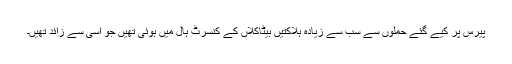
پیرس پر کیے گئے حملوں سے سب سے زیادہ ہلاکتیں بیٹاکلاں کے کنسرٹ ہال میں ہوئی تھیں جو اسی سے زائد تھیں۔